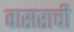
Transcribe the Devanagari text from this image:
वासराची